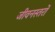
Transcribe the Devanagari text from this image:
जीवनस्तरों